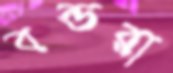
বন্ডরা